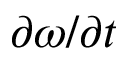
\partial \omega / \partial t